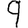
Digit: 9